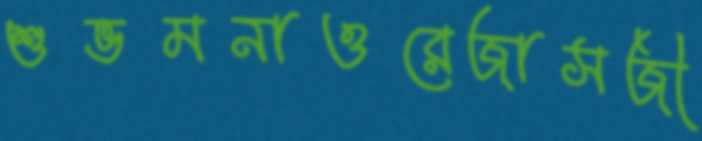
শুভমনাওরেজাসজী